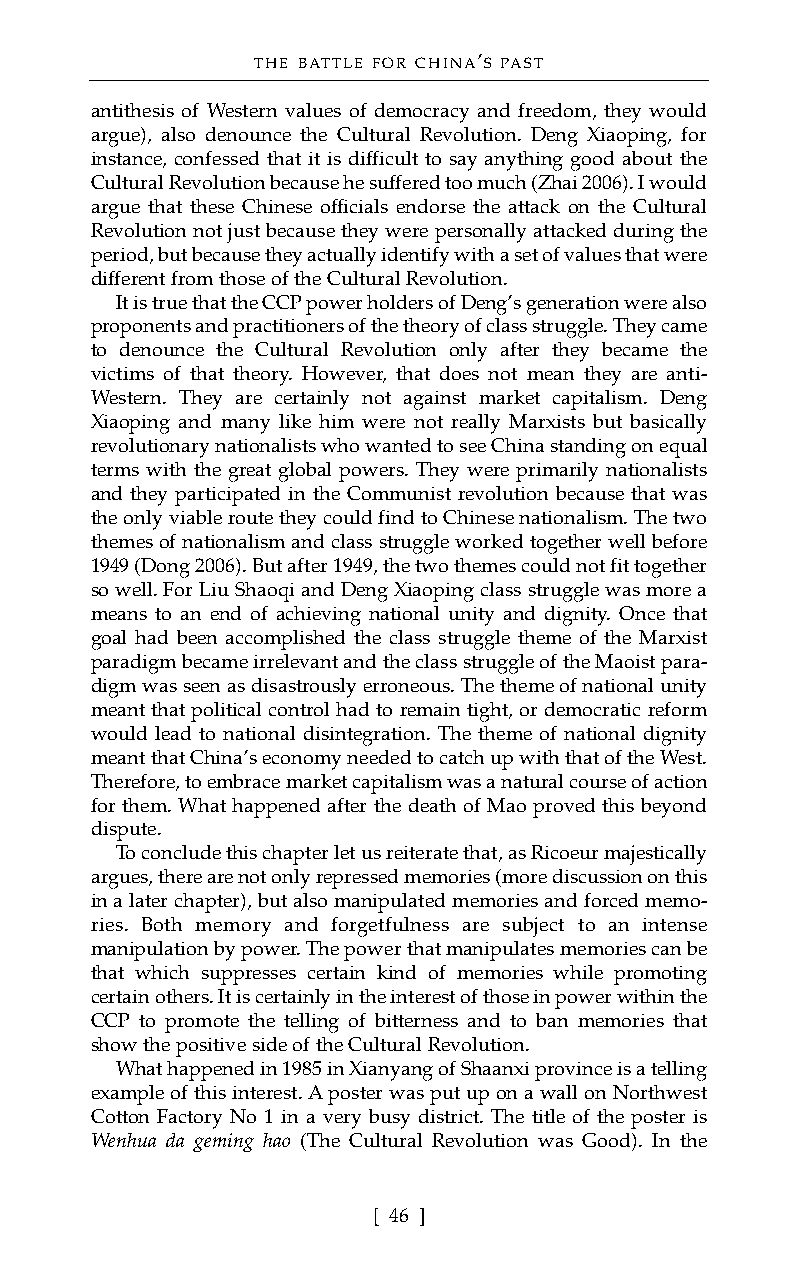
THE BATTLE FOR CHINA’S PAST
 antithesis of Western values of democracy and freedom, they would
 argue), also denounce the Cultural Revolution. Deng Xiaoping, for
 instance, confessed that it is difficult to say anything good about the
 Cultural Revolution because he suffered too much (Zhai 2006). I would
 argue that these Chinese officials endorse the attack on the Cultural
 Revolution not just because they were personally attacked during the
 period, but because they actually identify with a set of values that were
 different from those of the Cultural Revolution.
 It is true that the CCP power holders of Deng’s generation were also
 proponents and practitioners of the theory of class struggle. They came
 to denounce the Cultural Revolution only after they became the
 victims of that theory. However, that does not mean they are anti-
 Western. They are certainly not against market capitalism. Deng
 Xiaoping and many like him were not really Marxists but basically
 revolutionary nationalists who wanted to see China standing on equal
 terms with the great global powers. They were primarily nationalists
 and they participated in the Communist revolution because that was
 the only viable route they could find to Chinese nationalism. The two
 themes of nationalism and class struggle worked together well before
 1949 (Dong 2006). But after 1949, the two themes could not fit together
 so well. For Liu Shaoqi and Deng Xiaoping class struggle was more a
 means to an end of achieving national unity and dignity. Once that
 goal had been accomplished the class struggle theme of the Marxist
 paradigm became irrelevant and the class struggle of the Maoist para-
 digm was seen as disastrously erroneous. The theme of national unity
 meant that political control had to remain tight, or democratic reform
 would lead to national disintegration. The theme of national dignity
 meant that China’s economy needed to catch up with that of the West.
 Therefore, to embrace market capitalism was a natural course of action
 for them. What happened after the death of Mao proved this beyond
 dispute.
 To conclude this chapter let us reiterate that, as Ricoeur majestically
 argues, there are not only repressed memories (more discussion on this
 in a later chapter), but also manipulated memories and forced memo-
 ries. Both memory and forgetfulness are subject to an intense
 manipulation by power. The power that manipulates memories can be
 that which suppresses certain kind of memories while promoting
 certain others. It is certainly in the interest of those in power within the
 CCP to promote the telling of bitterness and to ban memories that
 show the positive side of the Cultural Revolution.
 What happened in 1985 in Xianyang of Shaanxi province is a telling
 example of this interest. A poster was put up on a wall on Northwest
 Cotton Factory No 1 in a very busy district. The title of the poster is
 Wenhua da geming hao (The Cultural Revolution was Good). In the
 [ 46 ]